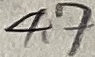
Text: 4,7